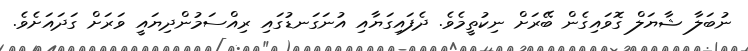
ނުބަލާ ޝާޔަލް ގޮވައިގެން ބޭރަށް ނިކުތީމެވެ. ދެފައިގަޔާއި އުނަގަނޑުގައި ރިއްސަމުންދިޔައީ ވަރަށް ގަދައަށެވެ.